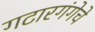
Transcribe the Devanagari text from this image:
गटारगंगेचे